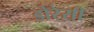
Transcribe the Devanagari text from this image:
डोरेसी